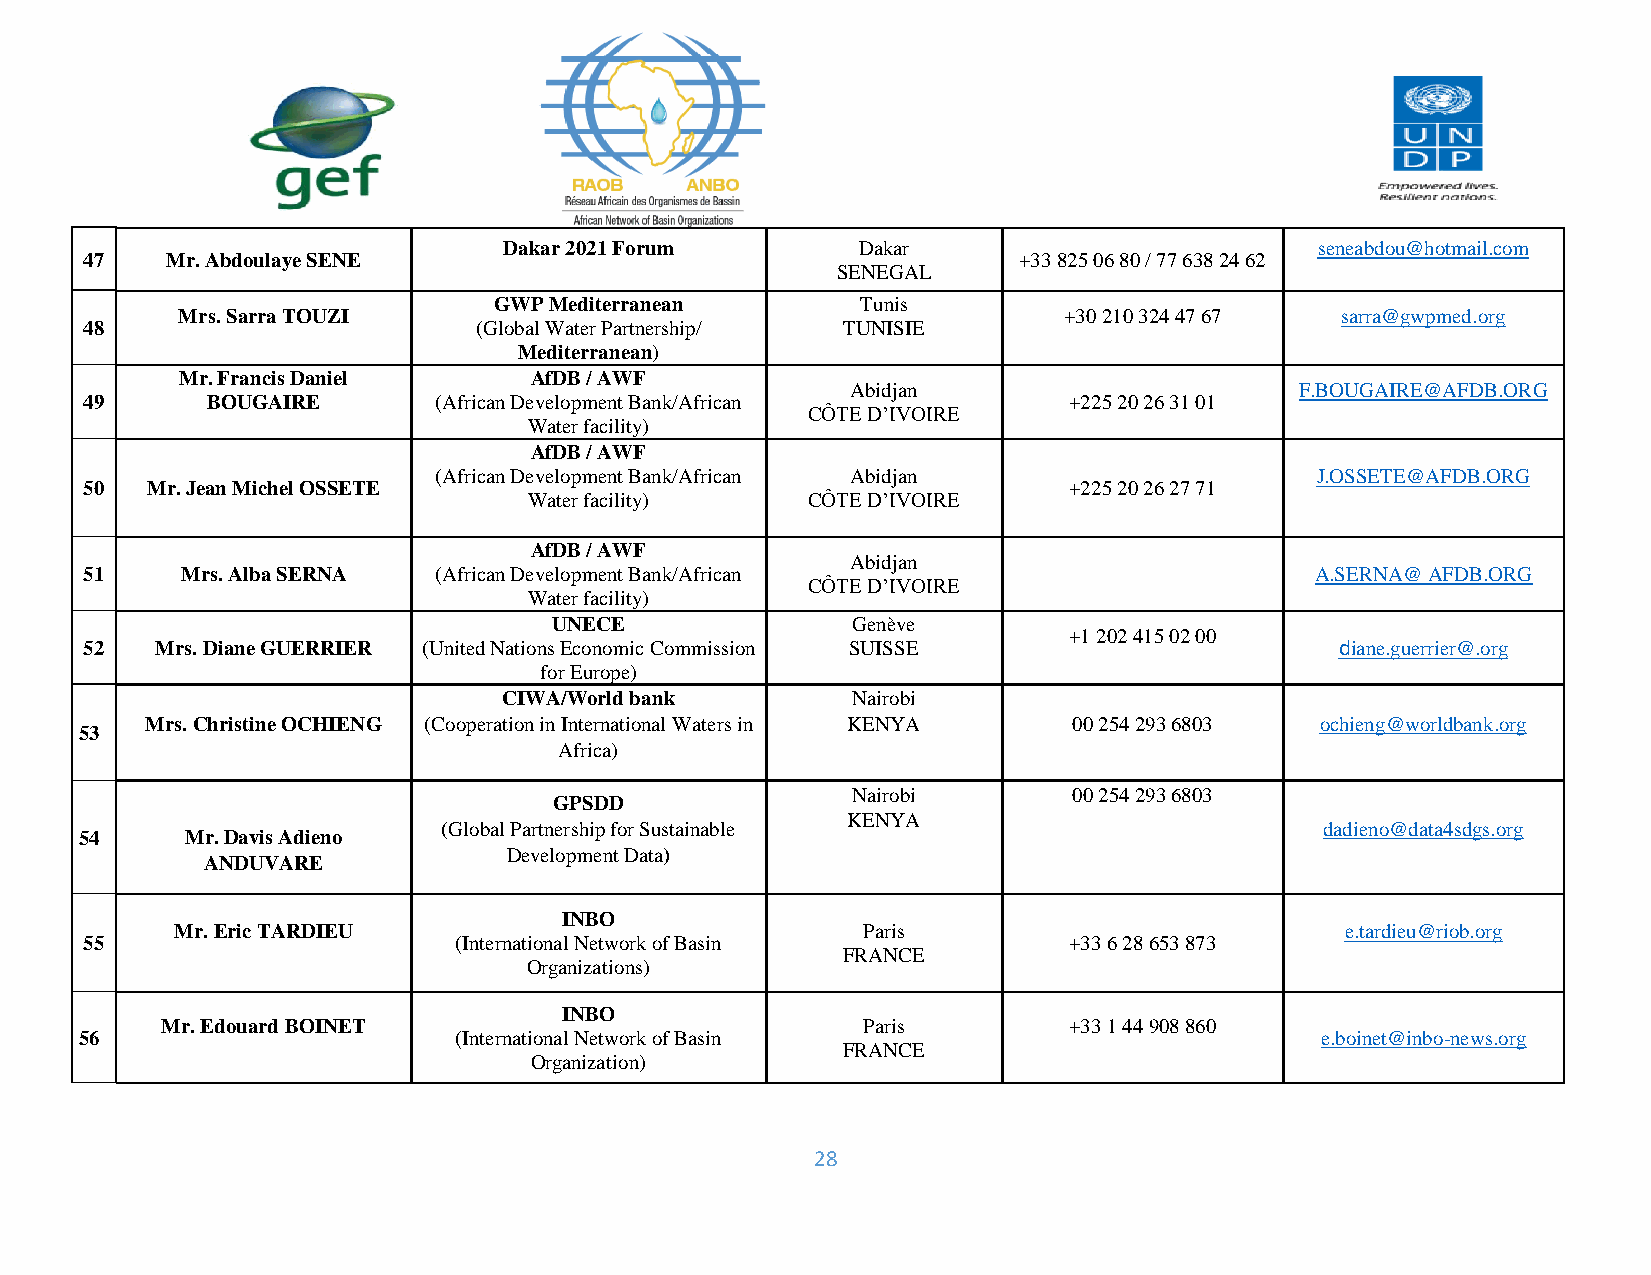
Dakar 2021 Forum        Dakar                         seneabdou@hotmail.com
 47   Mr. Abdoulaye SENE                                      + 3 3 8 2 5 0 6 8 0 / 7 7 6 3 8 2 4 6 2
 SENEGAL
 GWP Mediterranean       T u n i s
 Mrs. Sarra TOUZI                                          +30 210 324 47 67  sarra@gwpmed.org
 48                       (Global Water Partnership/ TUNISIE
 Mediterranean)
 Mr. Francis Daniel     AfDB / AWF
 Abidjan                       F.BOUGAIRE@AFDB.ORG
 49      BOUGAIRE       (African Development Bank/African         +225 20 26 31 01
 CÔTE D’IVOIRE
 Water facility)
 AfDB / AWF
 (African Development Bank/African Abidjan                 J.OSSETE@AFDB.ORG
 50  Mr. Jean Michel OSSETE                                       +225 20 26 27 71
 Water facility)   CÔTE D’IVOIRE
 AfDB / AWF
 Abidjan
 51    Mrs. Alba SERNA  (African Development Bank/African                         A.SERNA@ AFDB.ORG
 CÔTE D’IVOIRE
 Water facility)
 UNECE              Genève
 +1 202 415 02 00
 52  Mrs. Diane GUERRIER (United Nations Economic Commission SUISSE                 diane.guerrier@.org
 for Europe)
 CIWA/World bank        Nairobi
 Mrs. Christine OCHIENG (Cooperation in International Waters in KENYA 00 254 293 6803 ochieng@worldbank.org
 53
 Africa)
 Nairobi        00 254 293 6803
 GPSDD
 KENYA
 (Global Partnership for Sustainable                        dadieno@data4sdgs.org
 54     Mr. Davis Adieno
 Development Data)
 ANDUVARE
 INBO
 Mr. Eric TARDIEU                             Paris                           e.tardieu@riob.org
 55                      (International Network of Basin          +33 6 28 653 873
 FRANCE
 Organizations)
 INBO
 Mr. Edouard BOINET                            Paris         + 33 1 44 908 860
 56                       (International Network of Basin                          e.boinet@inbo-news.org
 FRANCE
 Organization)
 28